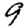
Digit: 9